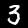
Digit: 3